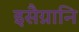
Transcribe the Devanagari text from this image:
इसैग्नानि